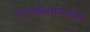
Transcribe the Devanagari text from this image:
सत्ताधीशांमधील